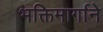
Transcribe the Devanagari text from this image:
भक्तिमार्गाने